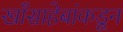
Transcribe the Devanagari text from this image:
खाँसाहेबांकडून